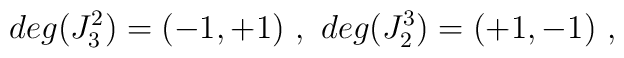
deg (J^2_3) = (-1,+1) \ , \ deg (J^3_2) = (+1,-1) \ ,